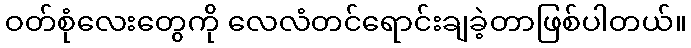
ဝတ်စုံလေးတွေကို လေလံတင်ရောင်းချခဲ့တာဖြစ်ပါတယ်။